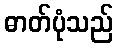
ဓာတ်ပုံသည်